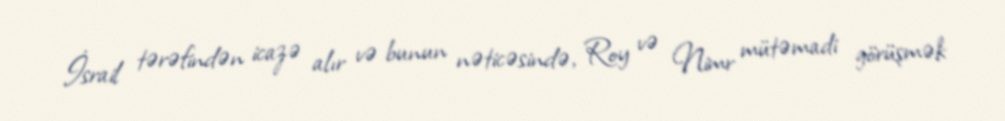
İsrail tərəfindən icazə alır və bunun nəticəsində, Roy və Nimr mütəmadi görüşmək